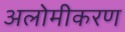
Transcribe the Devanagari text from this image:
अलोमीकरण